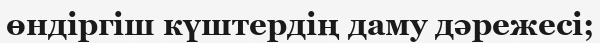
өндіргіш күштердің даму дәрежесі;